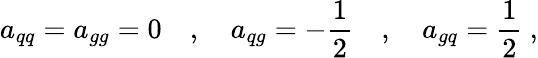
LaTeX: a_{qq}=a_{gg}=0\quad,\quad a_{qg}=-\frac{1}{2}\quad,\quad a_{gq}=\frac{1}{2}~,